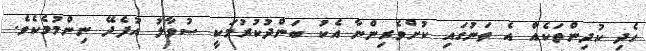
ހެދި ކުދިންތަކެއް އެ ތަނުގައި ކުށްވެރިންނާ އެކު ބަންދުކުރުމަކީ ސުވާލު އުފެދޭ ނިންމުމެކެވެ.